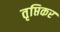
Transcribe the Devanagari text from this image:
तृप्तिकर